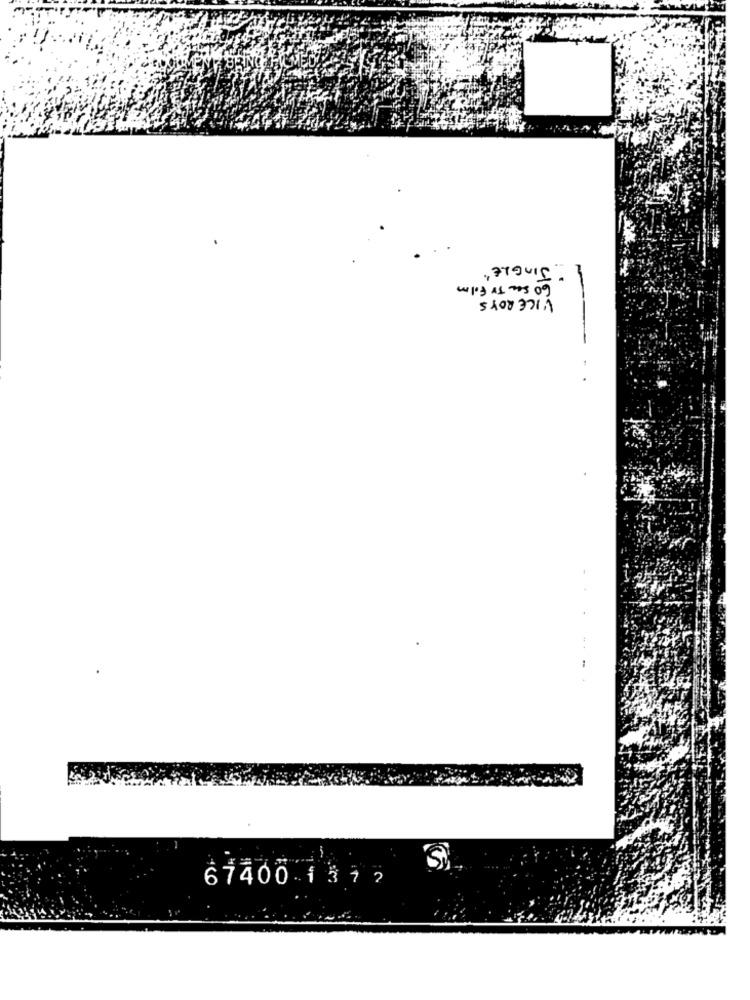
" JINGLE"
60 sec TV Film
VICE ROYS
Sì
67400 -137 2